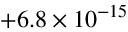
+ 6 . 8 \times 1 0 ^ { - 1 5 }